NAE_EAOK_eestikeelsed_sunnimeetrikad, lk 28
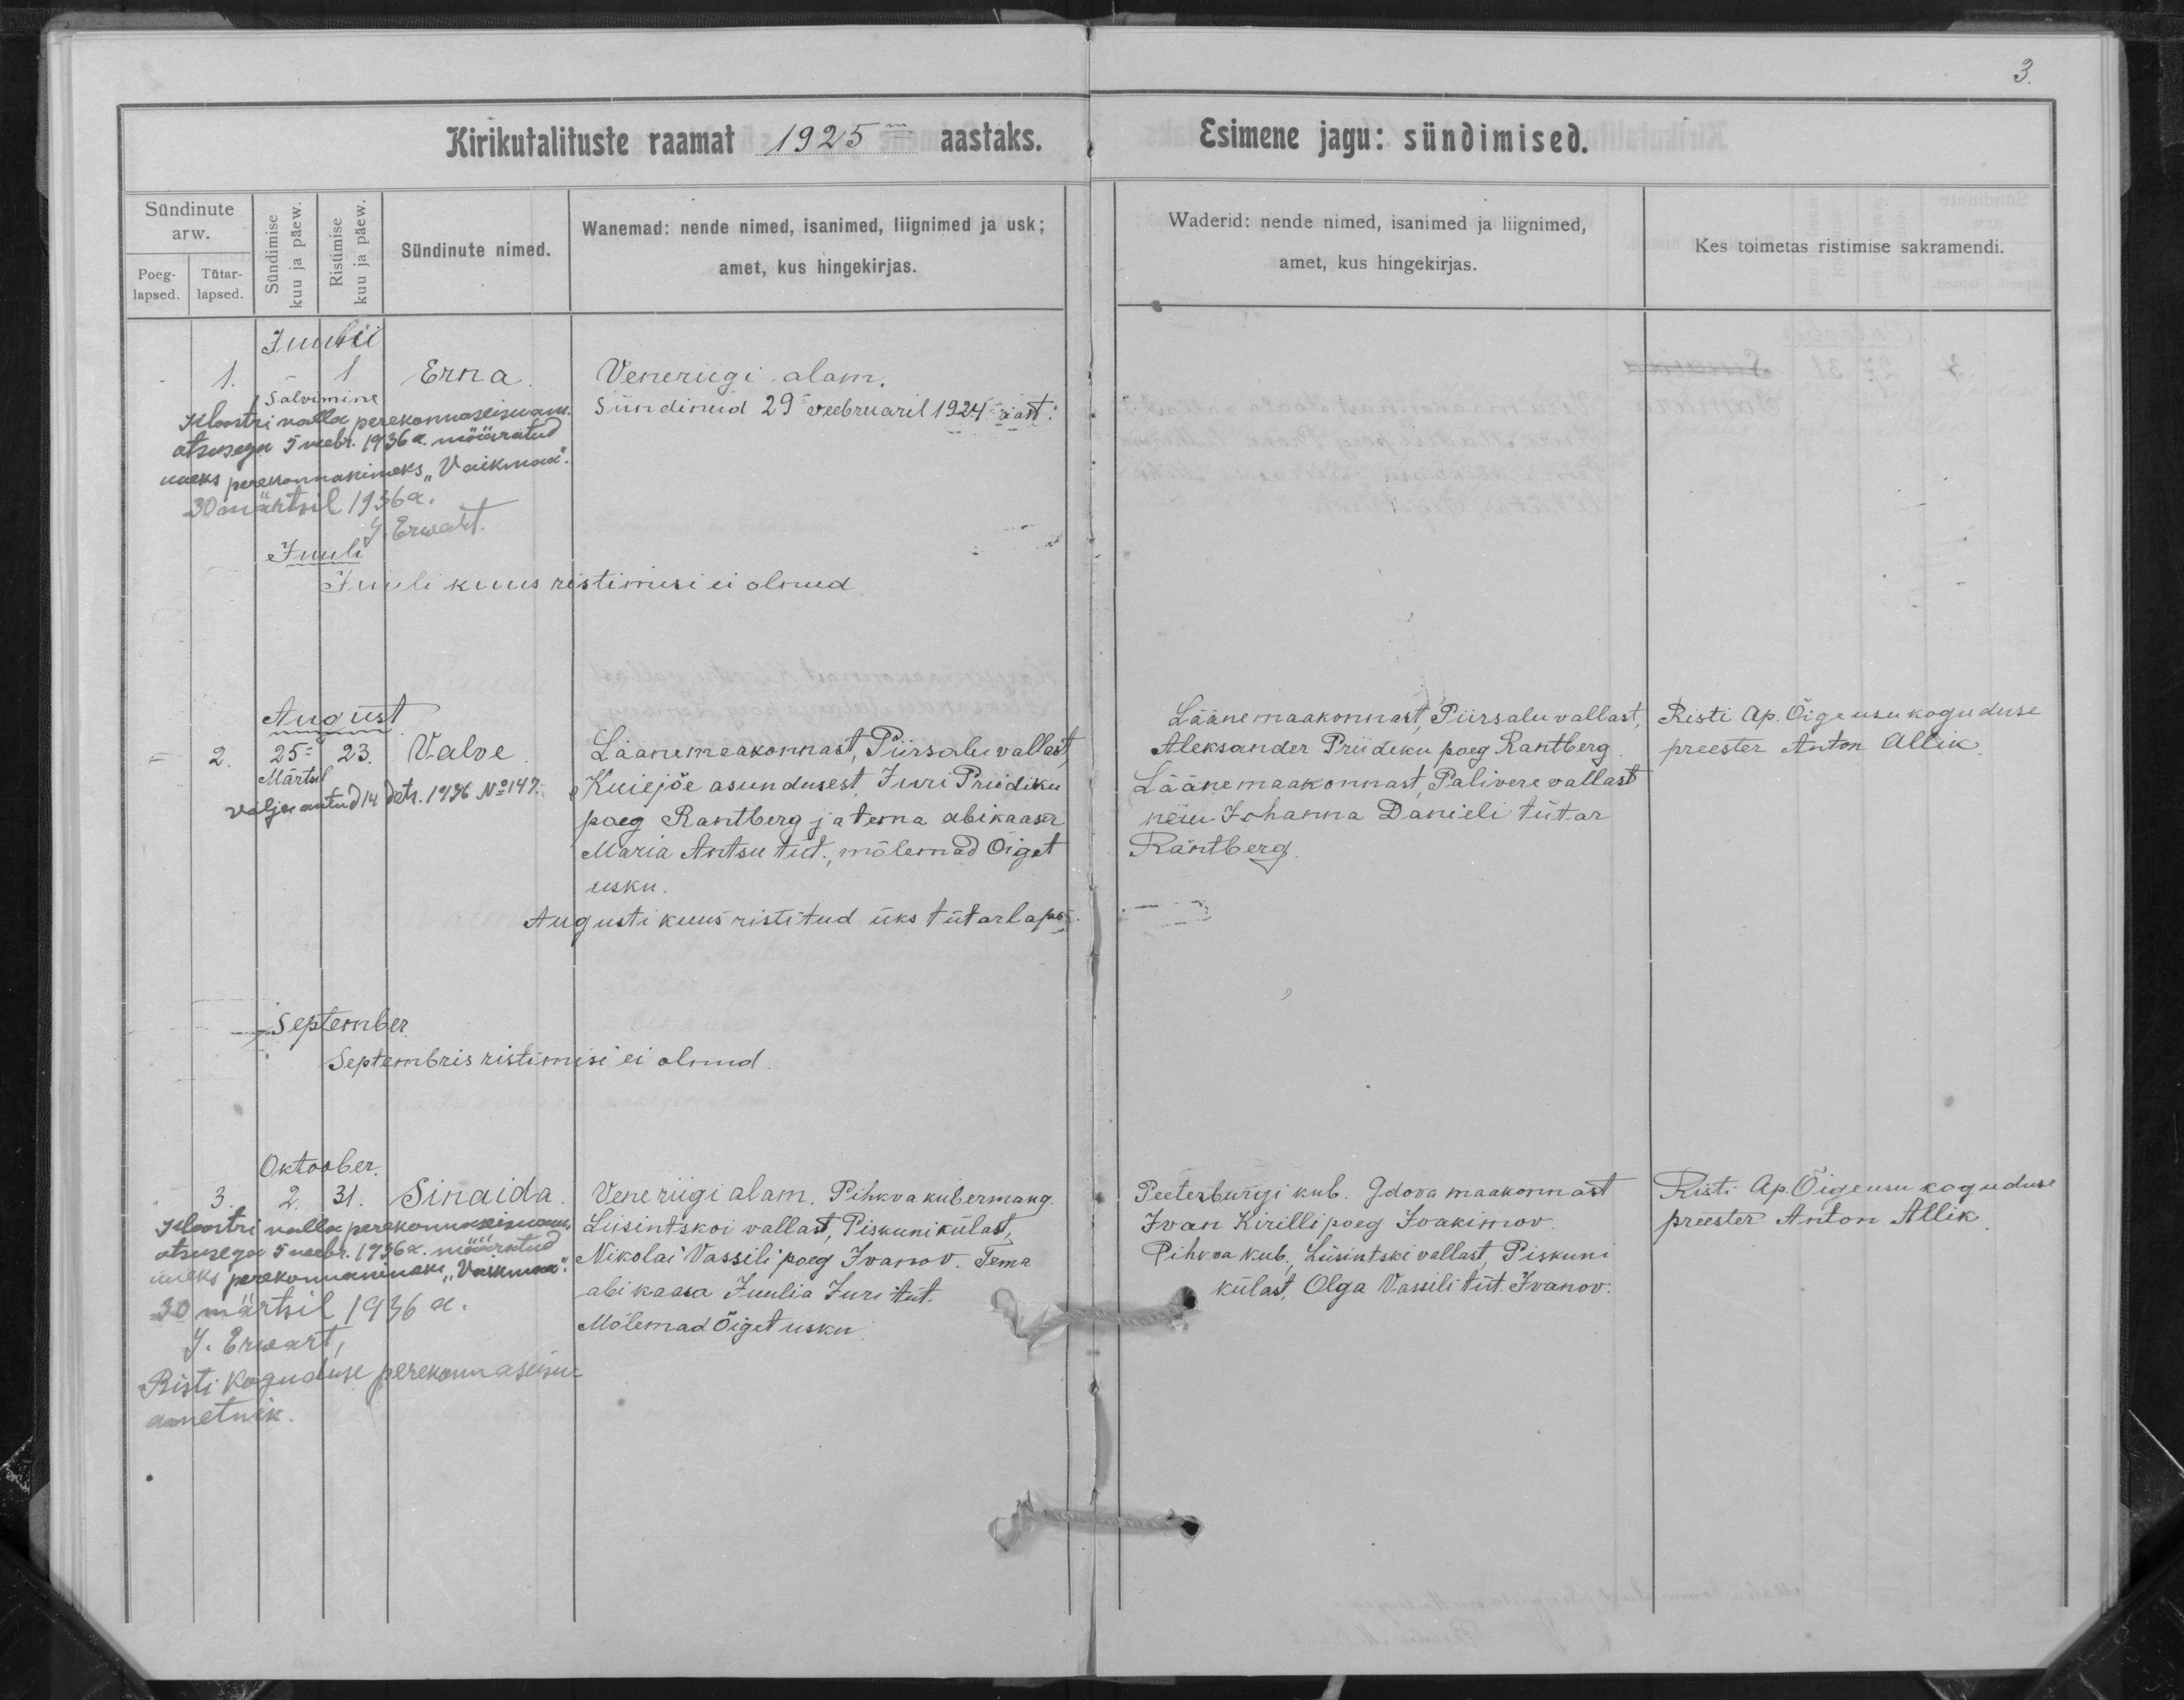
Erna

Valve

Sinaida

Veneriigi alam.
Sündinud 29 veebruaril 1924 aast:

Lääne maakonnast, Piirsalu vallast,
Kuiejõe asundusest Juri Priidiku
poeg Rantberg ja tema abikaasa
Maria Antsu tüt., mõlemad Õiget
usku.

Vene riigi alam. Pihkca kubermang
Liisintskoi vallast, Piskuni külast,
Nikolai Vassili poeg Ivanov. Tema
abikaasa Juulia Juri Tüt.
Mõlemad Õiget usku.